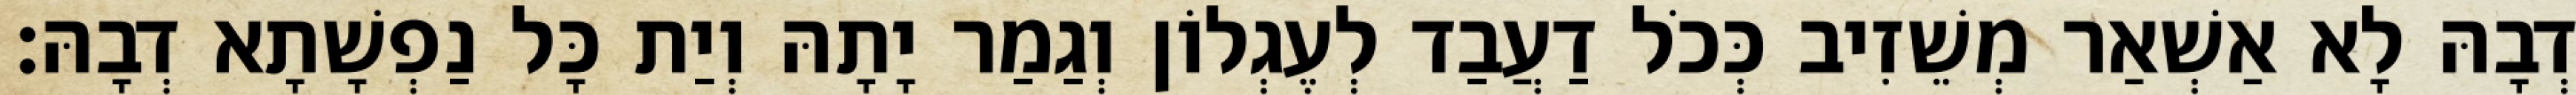
דְבָהּ לָא אַשְׁאַר מְשֵׁזִיב כְּכֹל דַעֲבַד לְעֶגְלוֹן וְגַמַר יָתָהּ וְיַת כָּל נַפְשָׁתָא דְבָהּ׃